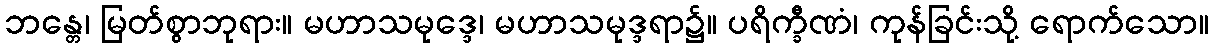
ဘန္တေ၊ မြတ်စွာဘုရား။ မဟာသမုဒ္ဒေ၊ မဟာသမုဒ္ဒရာ၌။ ပရိက္ခီဏံ၊ ကုန်ခြင်းသို့ ရောက်သော။